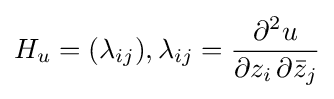
H_{u}=(\lambda _{ij}),\lambda _{ij}={\frac {\partial ^{2}u}{\partial z_{i}\,\partial {\bar {z}}_{j}}}